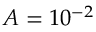
A = 1 0 ^ { - 2 }